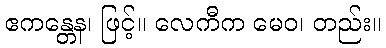
ဧကန္တေန၊ ဖြင့်။ လေကီက မေဝ၊ တည်း။